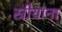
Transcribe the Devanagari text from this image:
स्रीयांना